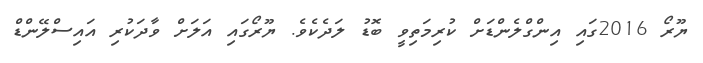
ޔޫރޯ 2016ގައި އިންގްލެންޑަށް ކުރިމަތިވީ ބޮޑު ލަދެކެވެ. ޔޫރޯގައި އަލަށް ވާދަކުރި އައިސްލޭންޑް